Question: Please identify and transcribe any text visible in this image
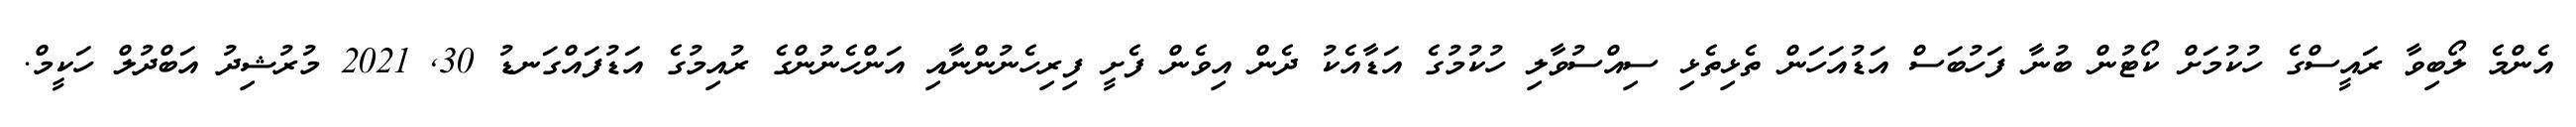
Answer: އެންމެ ލޯބިވާ ރައީސްގެ ހުކުމަށް ކޯޓުން ބުނާ ފަހުބަސް އަޑުއަހަން ތެޅިތެޅި ސިއްސުވާލި ހުކުމުގެ އަޑާއެކު ދެން އިވެން ފެށީ ފިރިހެނުންނާއި އަންހެނުންގެ ރުއިމުގެ އަޑުފައްގަނޑު 30, 2021 މުރުޝިދު އަބްދުލް ހަކީމް.